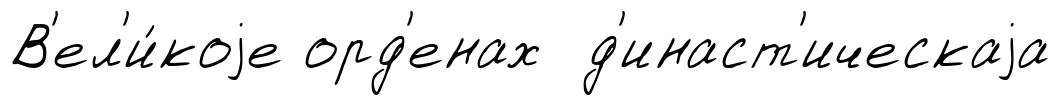
В'ел'и́коjе орд'енах д'инаст'ическаjа